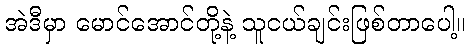
အဲဒီမှာ မောင်အောင်တို့နဲ့ သူငယ်ချင်းဖြစ်တာပေါ့။